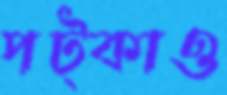
পট্‌কাও